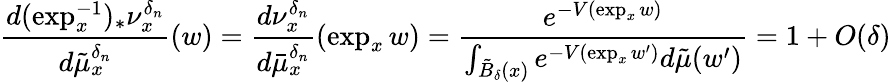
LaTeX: \frac{d(\exp_{x}^{-1})_{*}\nu_{x}^{\delta_{n}}}{d\tilde{\mu}_{x}^{\delta_{n}}}(w)=\frac{d\nu_{x}^{\delta_{n}}}{d\bar{\mu}_{x}^{\delta_{n}}}(\exp_{x}w)=\frac{e^{-V(\exp_{x}w)}}{\int_{\tilde{B}_{\delta}(x)}e^{-V(\exp_{x}w^{\prime})}d\tilde{\mu}(w^{\prime})}=1+O(\delta)